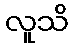
လူသိ